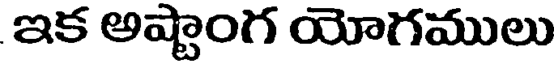
ఇక అష్టాంగ యోగములు